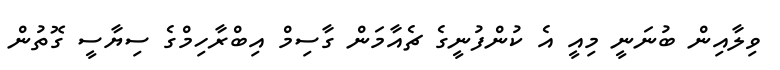
ވިލާއިން ބުނަނީ މިއީ އެ ކުންފުނީގެ ޗެއާމަން ގާސިމް އިބްރާހިމްގެ ސިޔާސީ ގޮތުން